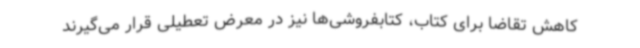
کاهش تقاضا برای کتاب، کتابفروشی‌ها نیز در معرض تعطیلی قرار می‌گیرند